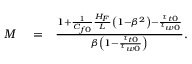
\begin{array} { r l r } { M } & { { } = } & { \frac { 1 + \frac { 1 } { C _ { f 0 } } \frac { H _ { F } } { L } \left( 1 - \beta ^ { 2 } \right) - \frac { \tau _ { t 0 } } { \tau _ { w 0 } } } { \beta \left( 1 - \frac { \tau _ { t 0 } } { \tau _ { w 0 } } \right) } . } \end{array}